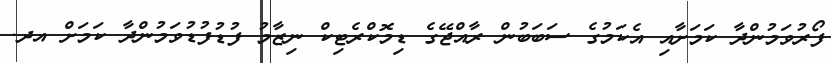
ފޯރުވަމުންދާ ކަމަށާއި އެކަމުގެ ސަބަބުން ރާއްޖޭގެ ޑިމޮކްރެޓިކް ނިޒާމު ފުޑުފުޑުވަމުންދާ ކަމަށް އދ.